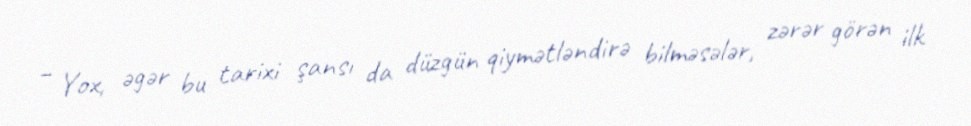
– Yox, əgər bu tarixi şansı da düzgün qiymətləndirə bilməsələr, zərər görən ilk